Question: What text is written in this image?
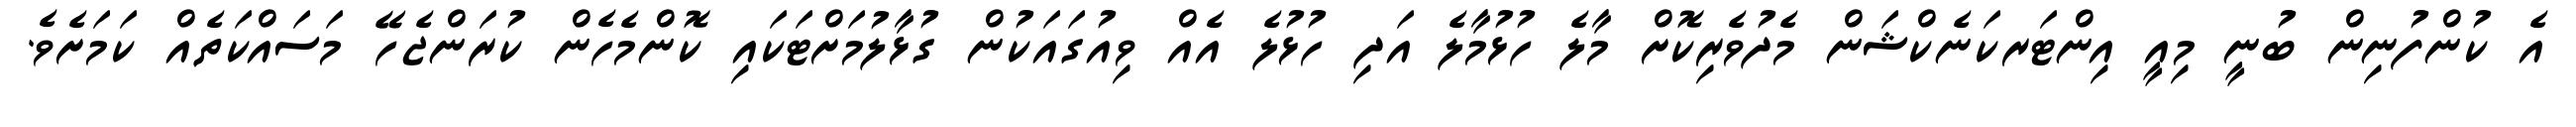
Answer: އެ ކުންފުނިން ބުނީ މިއީ އިންޓަރކަނެކްޝަން މެދުވެރިކޮށް މާލެ ހުޅުމާލެ އަދި ހުޅުލެ އެއް ވިއުގައަކުން ގުޅާލުމަށްޓަކައި ކޮންމެހެން ކުރަންޖެހޭ މަސައްކަތެއް ކަމަށެވެ.